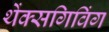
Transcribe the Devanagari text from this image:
थेंक्सगिविंग